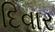
દિવાર